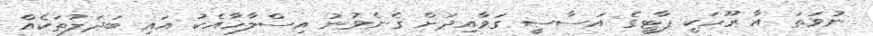
ނުވަތަ އާ ރޫހަކީ ޕާޓީގެ އަސާސީ ގަވާއިދަށް ގެނެވުނު އިސްލާހާއެކު އައި ބަދަލުތަކެއް